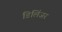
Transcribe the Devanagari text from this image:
डिलिंजर